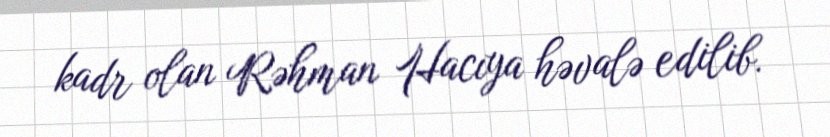
kadr olan Rəhman Hacıya həvalə edilib.